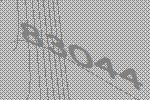
83044